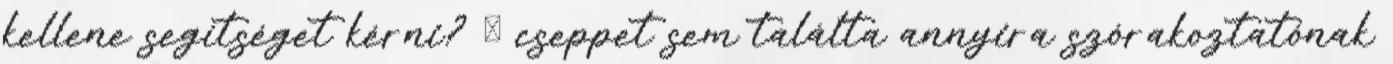
kellene segítséget kérni? Ő cseppet sem találta annyira szórakoztatónak